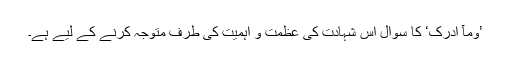
’وَمَآ اَدْرٰکَ‘ کا سوال اس شہادت کی عظمت و اہمیت کی طرف متوجہ کرنے کے لیے ہے۔